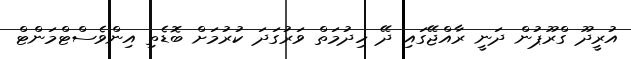
އުރީދޫ ގްރޫޕުން ދަނީ ރާއްޖޭގައި ދޭ ހިދުމަތް ވަރުގަދަ ކުރުމަށް ބޮޑެތި އިންވެސްޓްމަންޓް